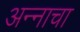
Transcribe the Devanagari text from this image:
अन्‍नाचा